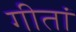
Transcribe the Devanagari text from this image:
गीतां